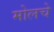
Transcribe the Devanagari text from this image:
मोलचे